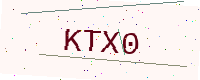
Text: KTX0